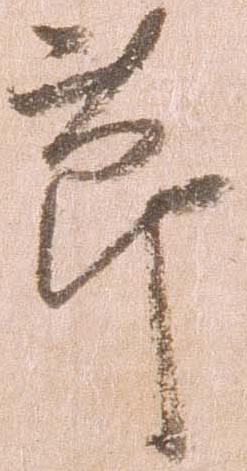
節